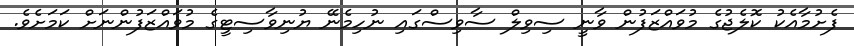
ފެށުމާއެކު ކޮލެޖުގެ މުވައްޒަފުން ވާނީ ސިވިލް ސާވިސްގައި ނުހިމެނޭ ޔުނިވާސިޓީގެ މުވައްޒަފުންނަށް ކަމަށެވެ.